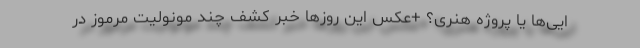
ایی‌ها یا پروژه هنری؟ +عکس این روزها خبر کشف چند مونولیت‌ مرموز در